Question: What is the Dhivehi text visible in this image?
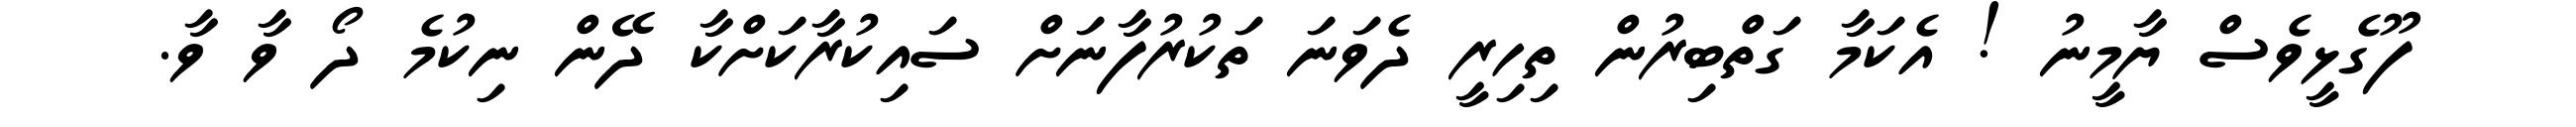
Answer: ފޫގެޅީވެސް ޔާމީނު ! އެކަމާ ގަތްބިރުން ތިހިރީ ދެވަނަ ތަކުރުފާނަށް ސައިކުރާކަށްކާ ދޭން ނިކުމެ ދޯ ވާ ވާ.